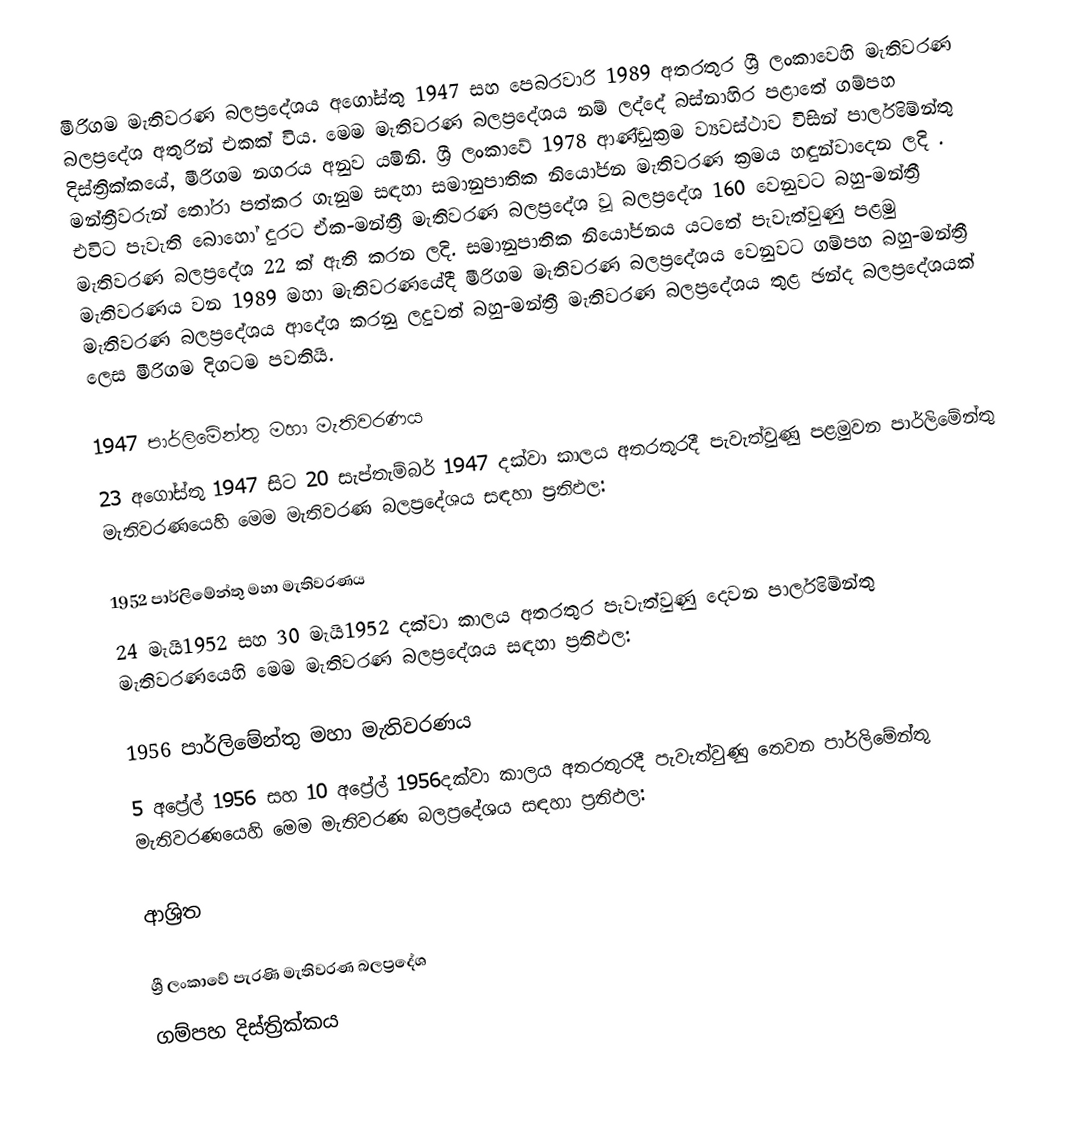
මීරිගම මැතිවරණ බලප්‍රදේශය අගෝස්තු 1947 සහ පෙබරවාරි 1989 අතරතුර  ශ්‍රී ලංකාවෙහි  මැතිවරණ බලප්‍රදේශ අතුරින් එකක් විය. මෙම මැතිවරණ බලප්‍රදේශය නම් ලද්දේ  බස්නාහිර පළාතේ  ගම්පහ දිස්ත්‍රික්කයේ,  මීරිගම නගරය අනුව යමිනි. ශ්‍රී ලංකාවේ 1978 ආණ්ඩුක්‍රම ව්‍යවස්ථාව විසින්   පාර්ලිමේන්තු මන්ත්‍රීවරුන් තෝරා පත්කර ගැනුම සඳහා සමානුපාතික නියෝජන මැතිවරණ ක්‍රමය හඳුන්වාදෙන ලදි . එවිට පැවැති බොහෝ දුරට  ඒක-මන්ත්‍රී මැතිවරණ බලප්‍රදේශ වූ බලප්‍රදේශ 160 වෙනුවට බහු-මන්ත්‍රී මැතිවරණ බලප්‍රදේශ 22 ක් ඇති කරන ලදි. සමානුපාතික නියෝජනය යටතේ පැවැත්වුණු පළමු මැතිවරණය වන 1989 මහා මැතිවරණයේදී  මීරිගම මැතිවරණ බලප්‍රදේශය වෙනුවට  ගම්පහ බහු-මන්ත්‍රී මැතිවරණ බලප්‍රදේශය  ආදේශ කරනු ලදුවත් බහු-මන්ත්‍රී මැතිවරණ බලප්‍රදේශය තුළ ඡන්ද බලප්‍රදේශයක් ලෙස මීරිගම දිගටම පවතියි.

1947 පාර්ලිමේන්තු මහා මැතිවරණය
23 අගෝස්තු 1947 සිට 20 සැප්තැම්බර් 1947 දක්වා කාලය අතරතුරදී පැවැත්වුණු  පළමුවන පාර්ලිමේන්තු මැතිවරණයෙහි මෙම මැතිවරණ බලප්‍රදේශය සඳහා ප්‍රතිඵල:

1952 පාර්ලිමේන්තු මහා මැතිවරණය
24 මැයි1952 සහ 30 මැයි1952 දක්වා කාලය අතරතුර පැවැත්වුණු  දෙවන පාර්ලිමේන්තු මැතිවරණයෙහි මෙම මැතිවරණ බලප්‍රදේශය සඳහා ප්‍රතිඵල:

1956 පාර්ලිමේන්තු මහා මැතිවරණය
5 අප්‍රේල් 1956 සහ 10 අප්‍රේල් 1956දක්වා කාලය අතරතුරදී පැවැත්වුණු  තෙවන පාර්ලිමේන්තු මැතිවරණයෙහි මෙම මැතිවරණ බලප්‍රදේශය සඳහා ප්‍රතිඵල:

ආශ්‍රිත

ශ්‍රී ලංකාවේ පැරණි මැතිවරණ බලප්‍රදේශ
 ගම්පහ දිස්ත්‍රික්කය